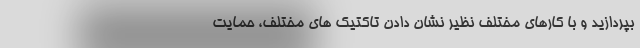
بپردازید و با کارهای مختلف نظیر نشان دادن تاکتیک های مختلف، حمایت